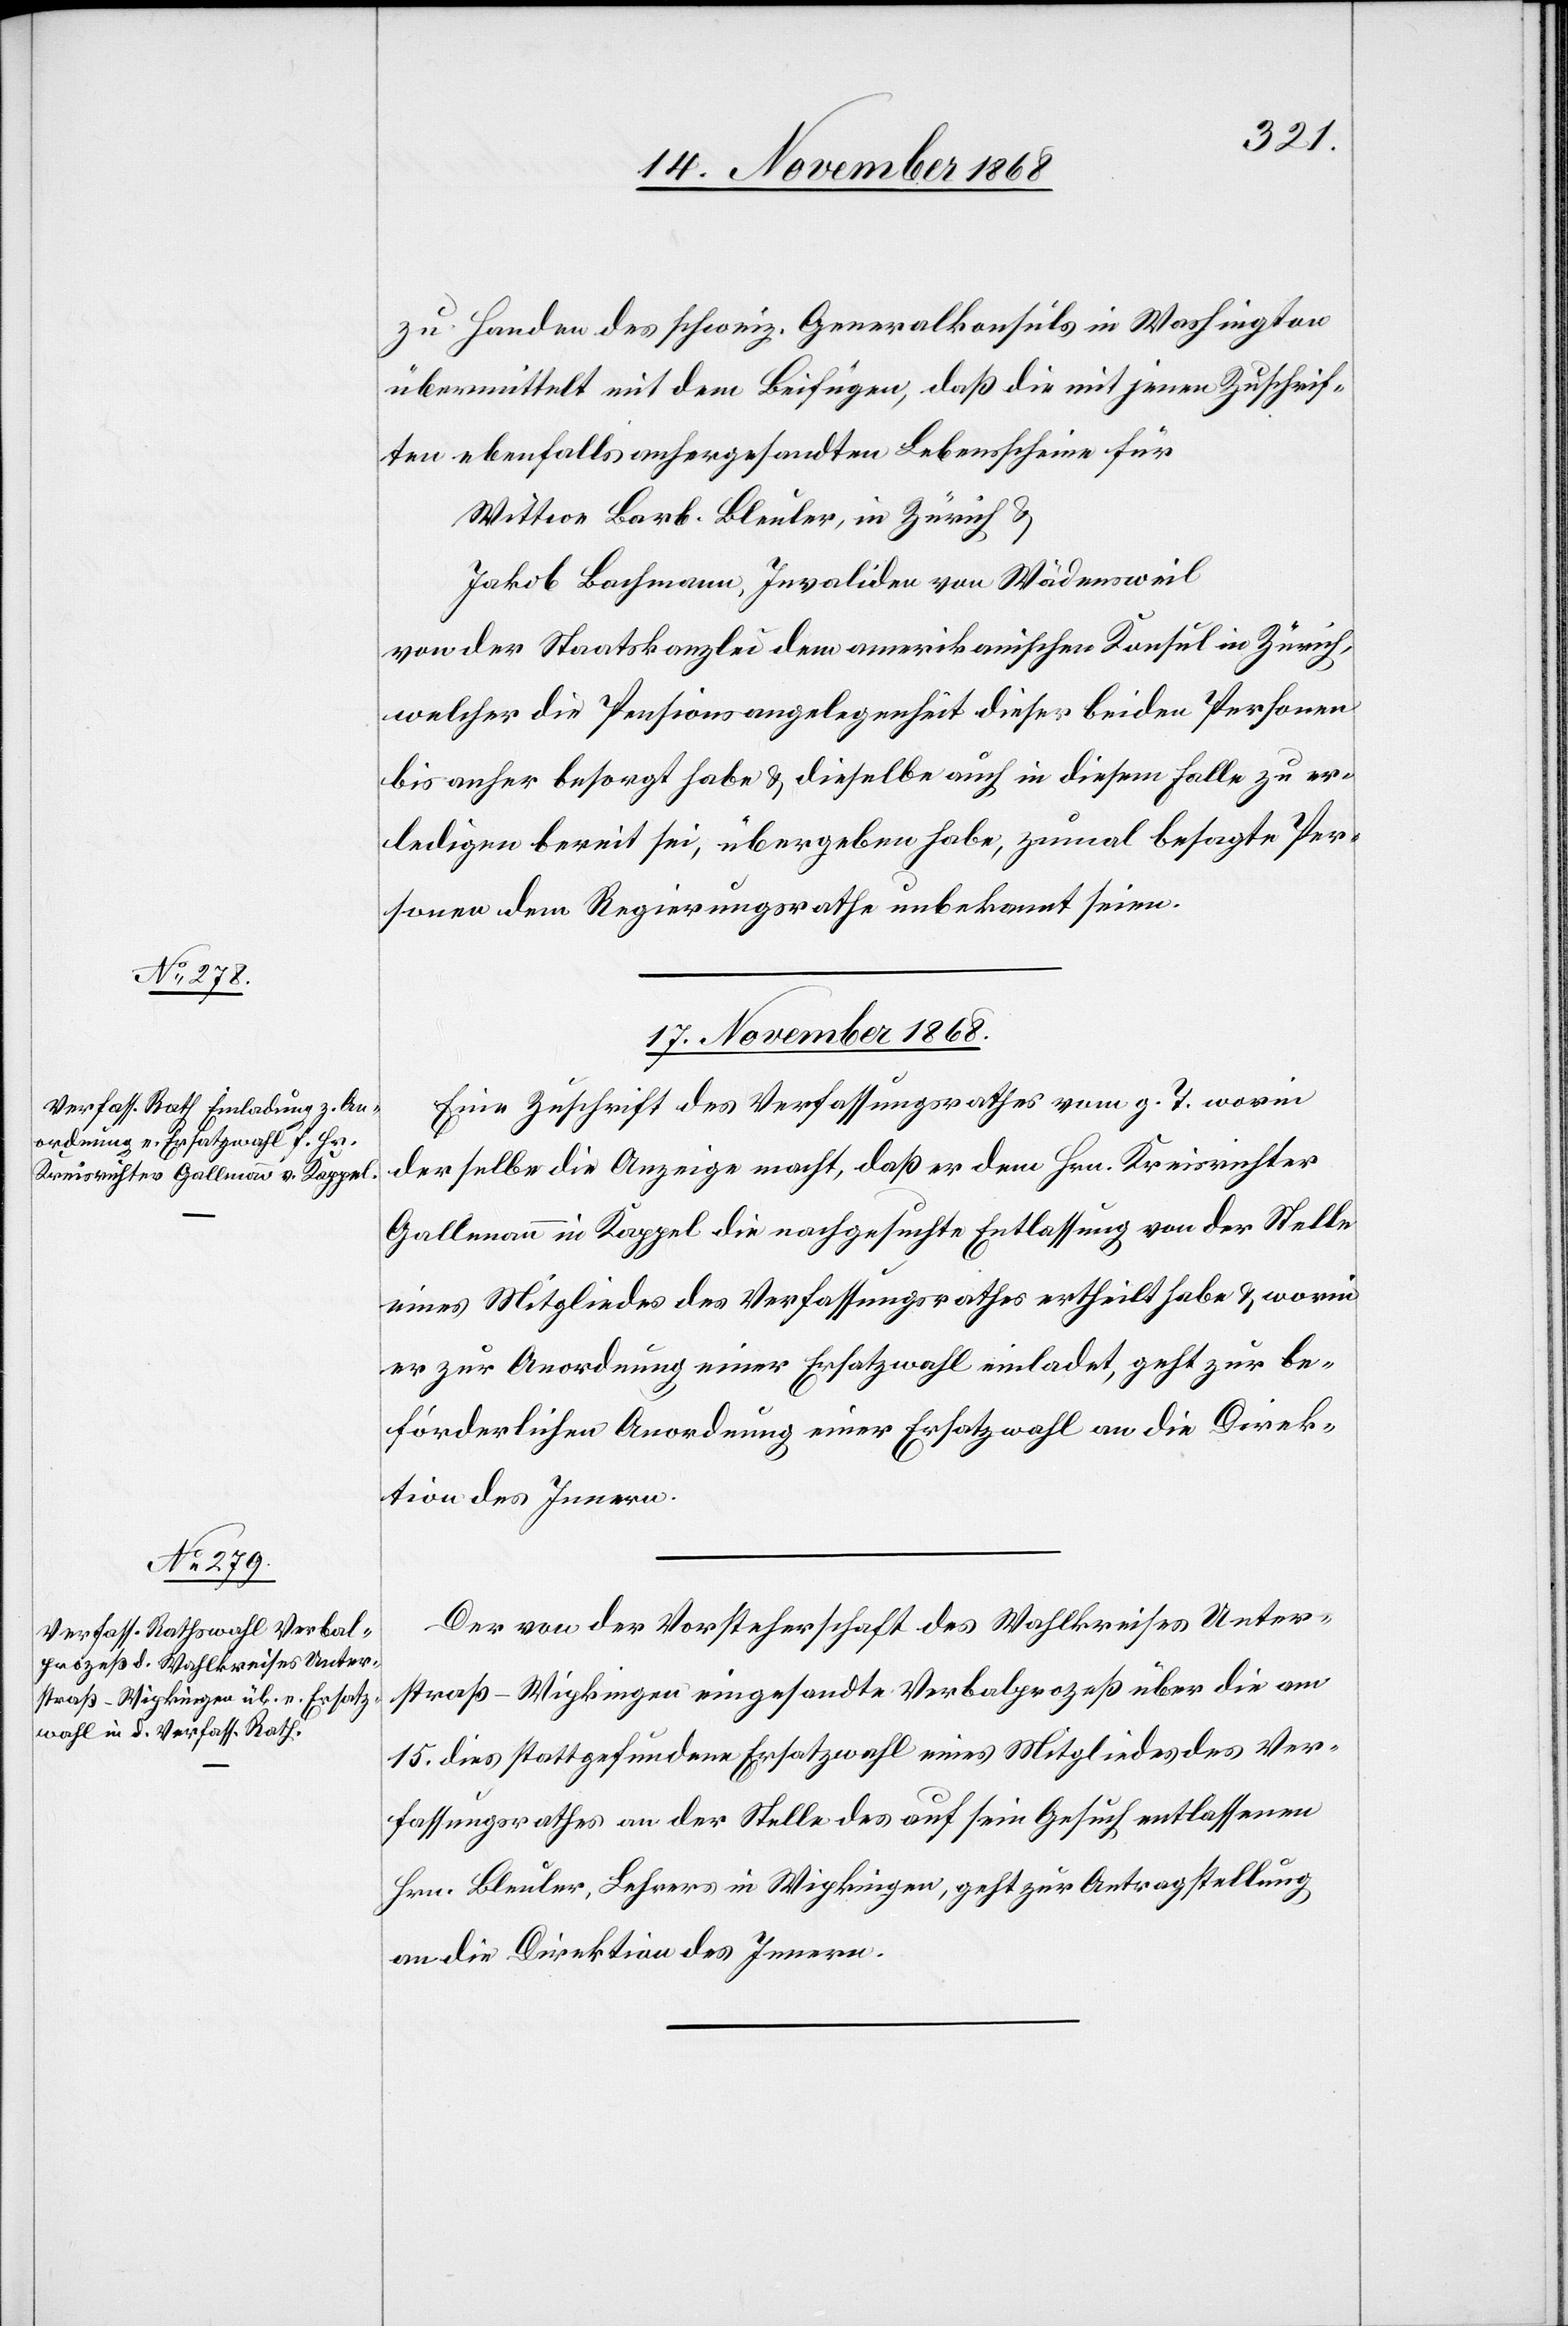
zu Handen des schweiz. Generalkonsuls in Washington
übermittelt mit dem Beifügen, daß die mit jenen Zuschrif¬
ten ebenfalls anhergesandten Lebensscheine für
Wittwe Barb. Bleuler, in Zürich &
Jakob Bachmann, Invaliden von Wädensweil
von der Staatskanzlei dem amerikanischen Konsul in Zürich,
welcher die Pensionsangelegenheit dieser beiden Personen
bis anher besorgt habe & dieselbe auch in diesem Falle zu er¬
ledigen bereit sei, übergeben habe, zumal besagte Per¬
sonen dem Regierungsrathe unbekannt seien.
17. November 1868.]
Eine Zuschrift des Verfassungsrathes vom g. T. worin
derselbe die Anzeige macht, daß er dem Hrn. Kreisrichter
Gallmann in Kappel die nachgesuchte Entlassung von der Stelle
eines Mitgliedes des Verfassungsrathes ertheilt habe & worin
er zur Anordnung einer Ersatzwahl einladet, geht zur be¬
förderlichen Anordnung einer Ersatzwahl an die Direk¬
tion des Innern.
Der von der Vorsteherschaft des Wahlkreises Unter¬
straß-Wipkingen eingesandte Verbalprozeß über die am
15. dies stattgefundene Ersatzwahl eines Mitgliedes des Ver¬
fassungsrathes an der Stelle des auf sein Gesuch entlassenen
Hrn. Bleuler, Lehrers in Wipkingen, geht zur Antragstellung
an die Direktion des Innern.